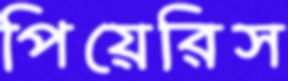
পিয়েরিস